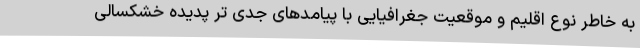
به خاطر نوع اقلیم و موقعیت جغرافیایی با پیامدهای جدی تر پدیده خشکسالی